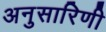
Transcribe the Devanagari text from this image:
अनुसारिणी